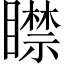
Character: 𥋴